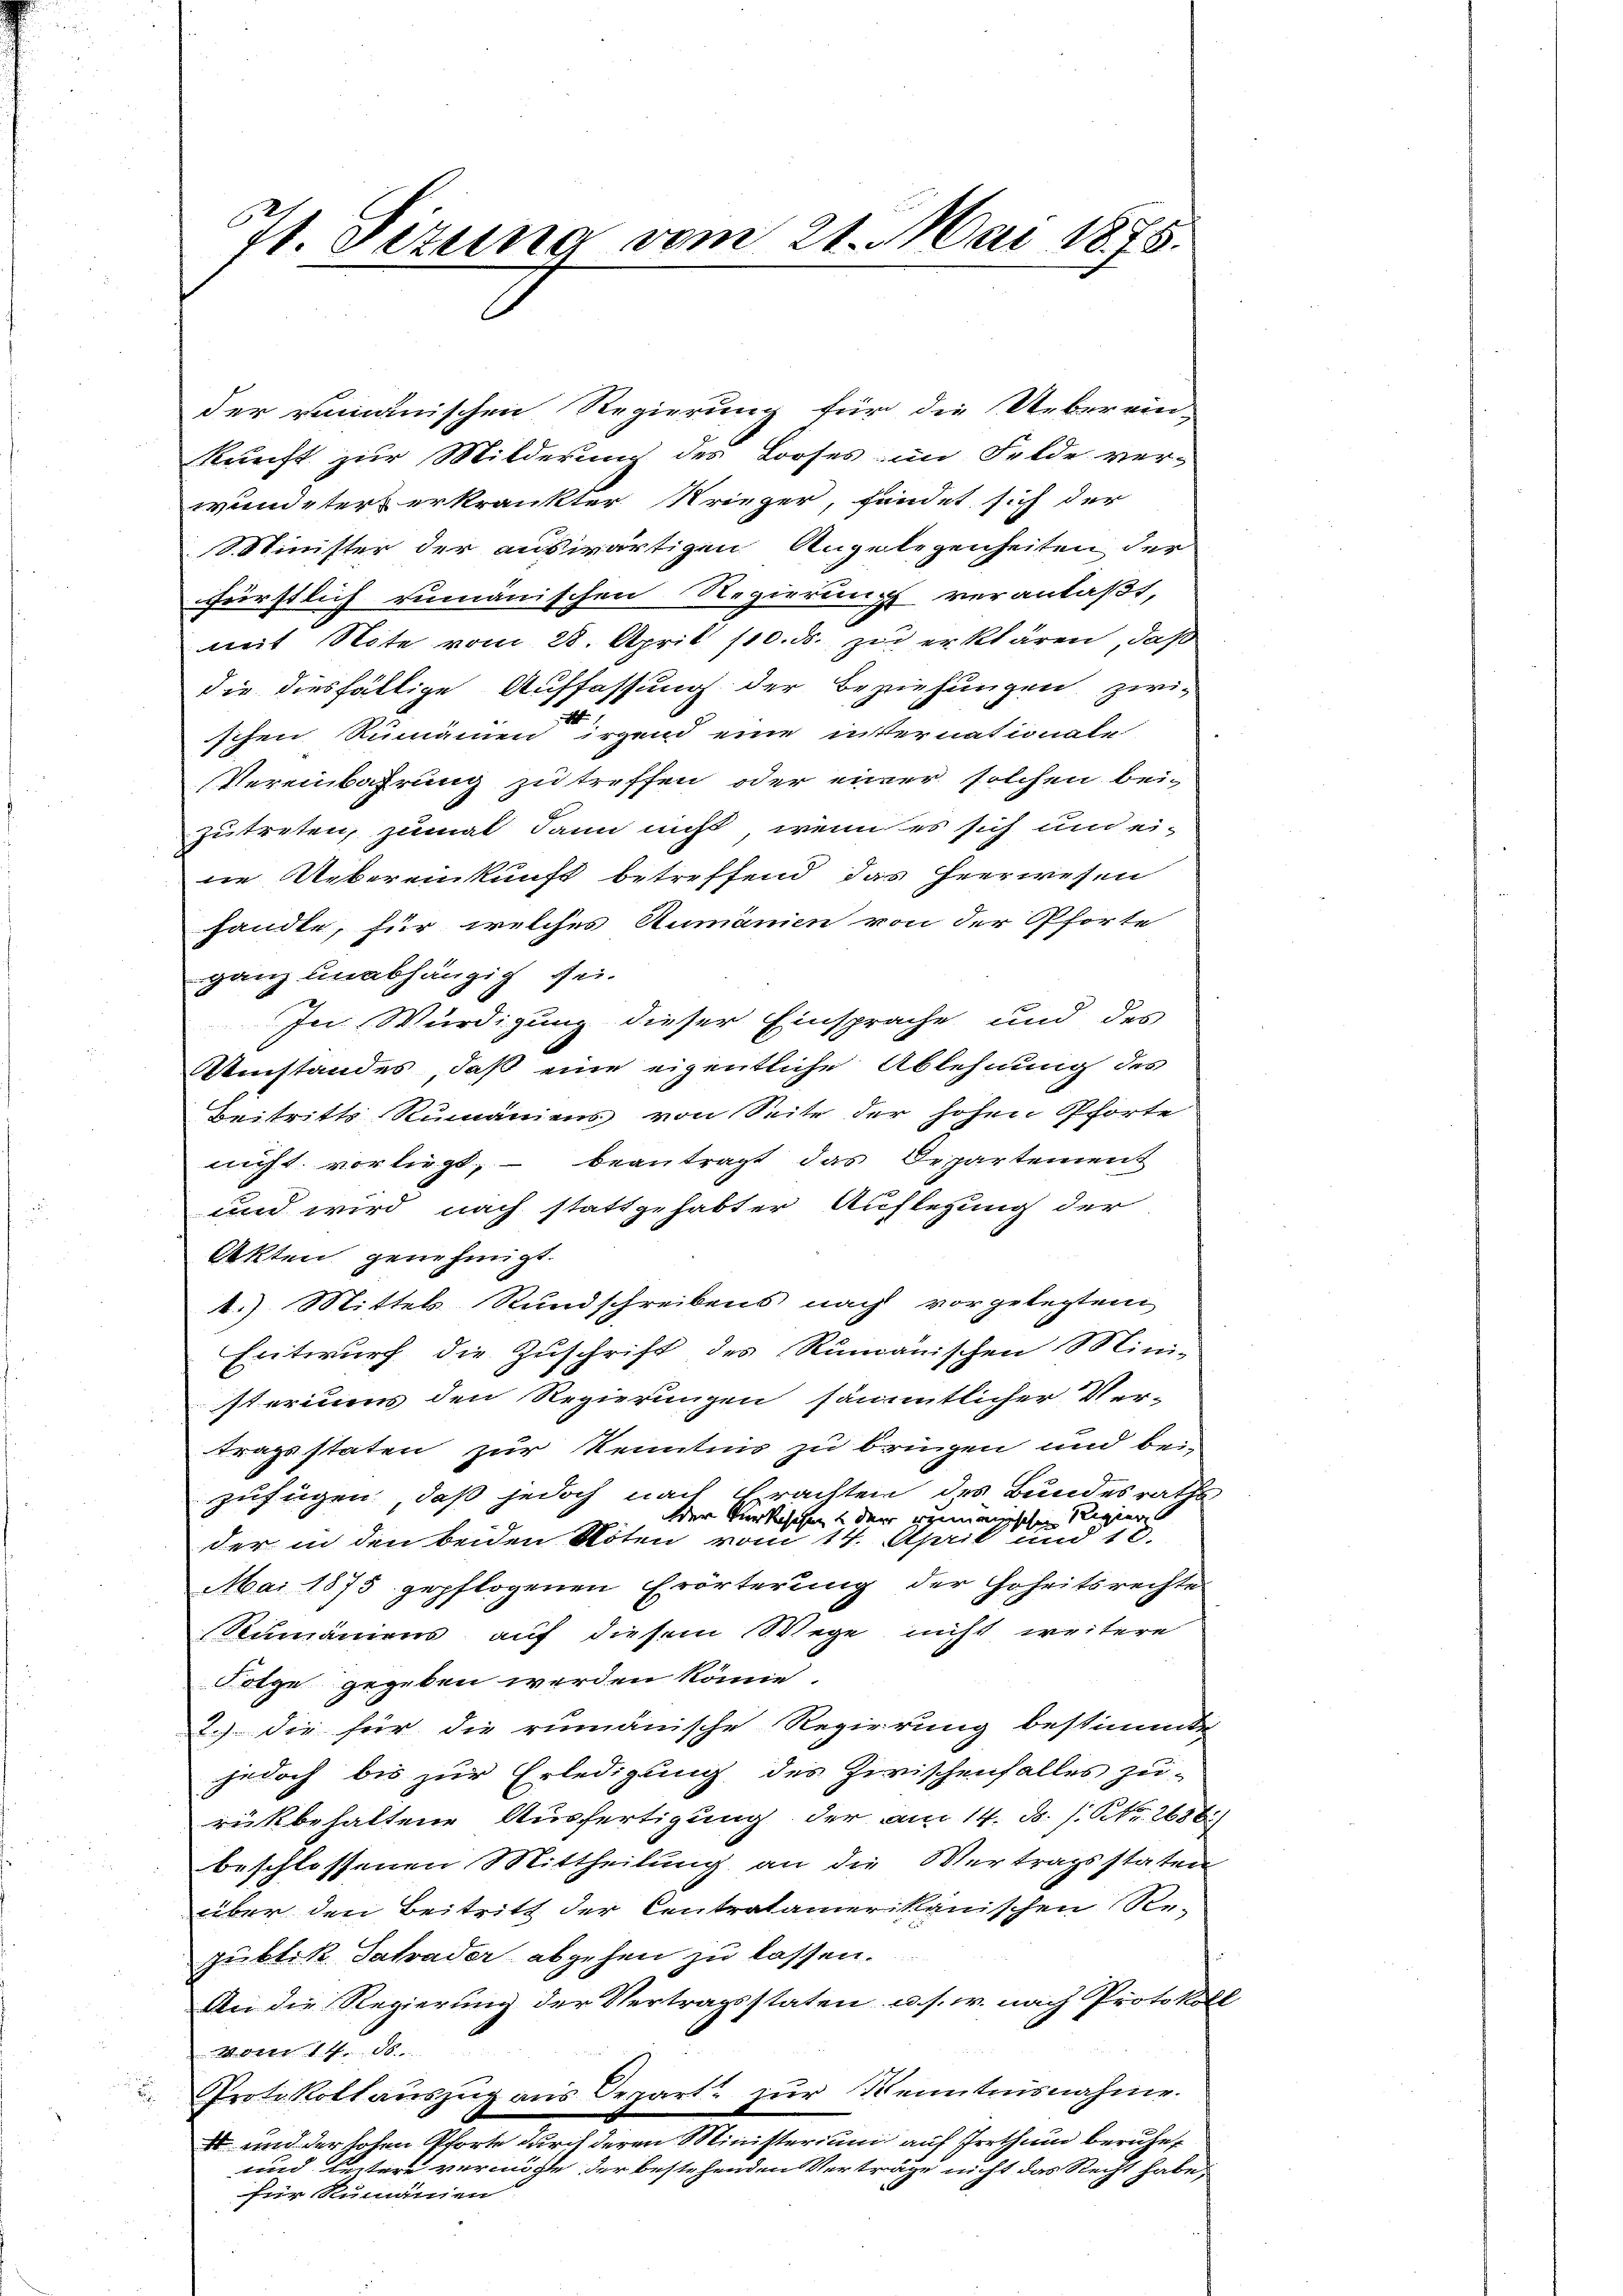
1 Titung vom 21. Mai 1875.

der romanischen Regierung für die Ueberein-
kunft zur Milderung des Looses im Felde ver-
wundeter erkrankter Krieger, findet sich der
1 Minister der auswärtigen Angelegenheiten der
fürstlich rumänischen Regierung veranlaßt,
mit Note vom 28. April 110. ds. zu erklären, daß
die diesfällige Auffassung der Beziehungen zwi-
schen Rumänen irgend eine internationale
Vereinbahrung zu treffen oder einer solchen bei-
zutreten, zumal dann nicht, wenn es sich und ei-
ne Uebereinkunft betreffend das Heerwesen
handle, für welches Aumänien von der Pforte
ganz unabhängig sei.
In Würdigung dieser Einsprache und des
Weinstandes, daß eine eigentliche Ablehnung des
Beitritts Rumäniens von Seite der hohen Pforte
nicht vorliegt, beantragt das Departement
und wird nach stattgehabter Auflegung der
Akten genehmigt.
1.) Mittels Rundschreibens nach vorgelegten
Entwurf die Zuschrift des Rumänischen Mini-
steriums den Regierungen sämmtlicher Ver-
tragsstaten zur Kenntnis zu bringen und bei-
zufügen, daß jedoch nach Erachten des Bundesrath
dder verkischen und der remienischen Regier
der in den beiden Nöten vom 14. April und 18.
Mai 1875 gepflogenen Erörterung der Hoheitsrechte
Sumäniens auf diesem Wege nicht weitere
Folge gegeben werden könne.
2.) die für die rumänische Regierung bestimmte
jedoch bis zur Erledigung des Zwischenfalles zu-
rükbehaltene Ausfertigung der am 14. B. P. Nr. 2686.
beschlossenen Mittheilung an die Vertragsstaten
über den Beitritt der Centralamerikanischen Re-
gubtik Schader abgehen zu lassen.
An die Regierung der Vertragsstaten u. s. w. nach Protokoll
Von 14. 88
Protokollauszug aus Depart zur Kenntnisnahme.
 und der hohen Pforte durch deren Ministerium auf Irrthum beruhet
und leitere vermöchte der bestehenden Verträge nicht das Recht habe,
für Rumänien